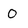
Character: 0